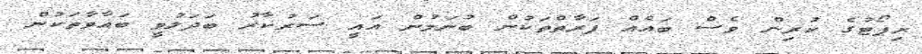
ރިޕޯޓުގެ ކުރިން ވެސް ބައެއް ފަރާތްތަކުން ބުނަމުން އައީ ސަރުކާރު ބަދަލުވީ ބަޣާވާތަކުން